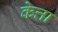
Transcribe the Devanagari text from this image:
केत्ता